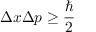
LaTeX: \Delta x \Delta p \geq { \frac { \hbar } { 2 } }